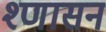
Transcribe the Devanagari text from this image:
श्णासन